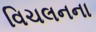
વિચલનના